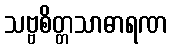
သဗ္ဗစိတ္တသာဓာရဏ